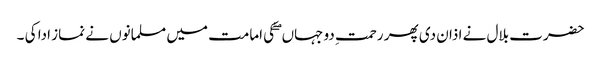
حضرت بلال نے اذان دی پھر رحمتِ دو جہاں ۖ کی امامت میں مسلمانوں نے نماز ادا کی ۔